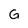
Character: G